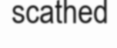
scathed